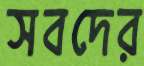
সবদের